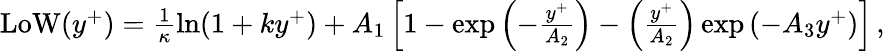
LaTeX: \begin{array}{r}{\mathrm{LoW}(y^{+})=\frac{1}{\kappa}\ln(1+ky^{+})+A_{1}\left[1-\exp\left(-\frac{y^{+}}{A_{2}}\right)-\left(\frac{y^{+}}{A_{2}}\right)\exp\left(-A_{3}y^{+}\right)\right]\, ,}\end{array}